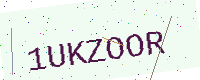
Text: 1UKZOOR